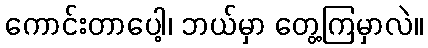
ကောင်းတာပေါ့၊ ဘယ်မှာ တွေ့ကြမှာလဲ။